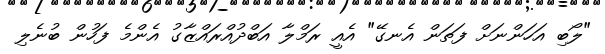
"ލޯބި އަހަންނަށް ފަތަން އެނގޭ" އެއީ ރަމްލާ އަބްދުއްރައްޒާގު އެންމެ ފަހުން ބުނެލި